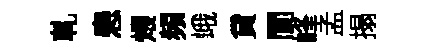
軋患煨頻峨貸閬峰孟搨